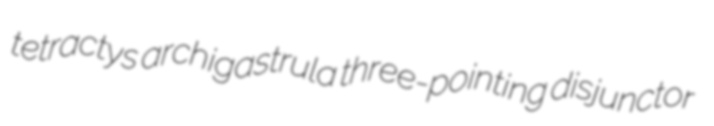
tetractys archigastrula three-pointing disjunctor